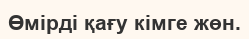
Өмірді қағу кімге жөн.